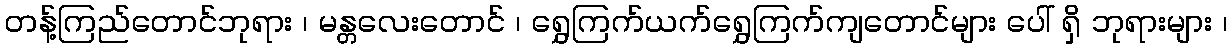
တန့်ကြည်တောင်ဘုရား ၊ မန္တလေးတောင် ၊ ရွှေကြက်ယက်ရွှေကြက်ကျတောင်များ ပေါ် ရှိ ဘုရားများ ၊